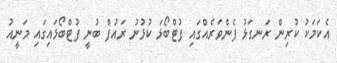
އެކަމަކު ކުރިން ރަނގަޅު ފެންވަރެއްގައި ފުޓްބޯޅަ ކުޅުނު ރައުފް ބުނީ ފުޓްބޯޅައިގައި މަނީއު